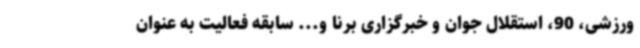
ورزشی، 90، استقلال جوان و خبرگزاری برنا و... سابقه فعالیت به عنوان